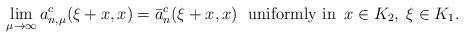
LaTeX: \begin{align*}\lim_{\mu\to\infty}a_{n,\mu}^c(\xi+x,x)=\bar{a}_{n}^c(\xi+x,x)\,\, \hbox{ uniformly in }\,x\in K_2,\; \xi\in K_1.\end{align*}